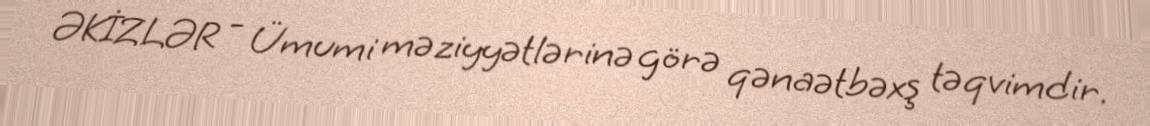
ƏKİZLƏR - Ümumi məziyyətlərinə görə qənaətbəxş təqvimdir.